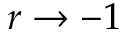
r \to - 1